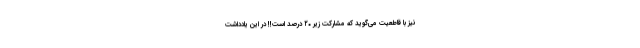
نیز با قاطعیت می‌گوید که مشارکت زیر ۲۰ درصد است!! در این یادداشت